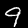
Label: 9